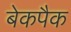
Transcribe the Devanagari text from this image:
बेकपैक